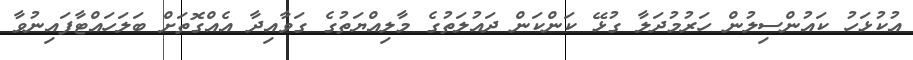
އުކުޅަހު ކައުންސިލުން ހަރުމުދަލާ ގުޅޭ ކަންކަން ދައުލަތުގެ މާލިއްޔަތުގެ ގަވާއިދާ އެއްގޮތަށް ބަލަހައްޓާފައިނުވާ